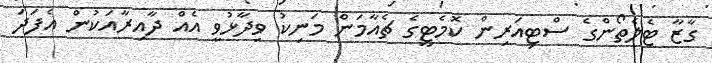
ގާޒާ ޓެލެތޯންގެ ސްޓިއަރިން ކޮމެޓީގެ ޗެއާމަން މަނިކު ވިދާޅުވީ އެއް ދާއިރާއަކުން އެފަދަ